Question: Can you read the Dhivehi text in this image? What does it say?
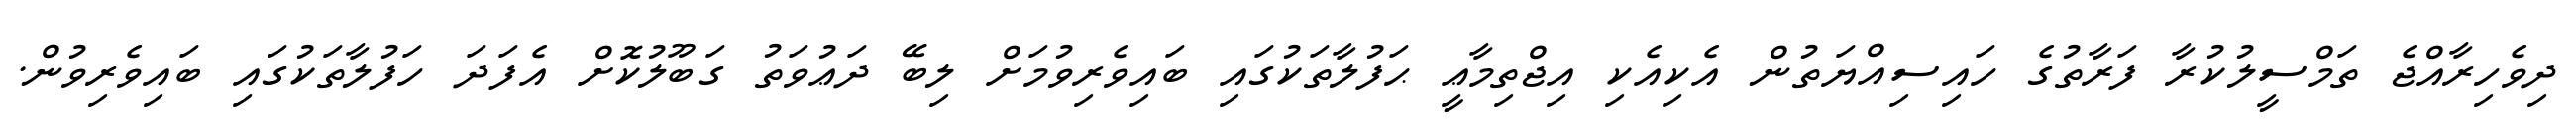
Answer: ދިވެހިރާއްޖެ ތަމްސީލުކުރާ ފަރާތުގެ ހައިސިއްޔަތުން އެކިއެކި އިޖްތިމާޢީ ޙަފުލާތަކުގައި ބައިވެރިވުމަށް ލިބޭ ދަޢުވަތު ގަބޫލުކޮށް އެފަދަ ހަފުލާތަކުގައި ބައިވެރިވުން.